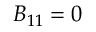
B _ { 1 1 } = 0